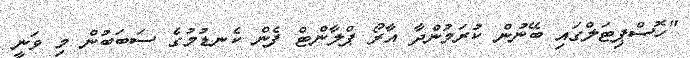
"ހޮސްޕިޓަލްގައި ބޭނުން ކުރަމުންދާ އާރޯ ޕްލާންޓް ފެން ކެނޑުމުގެ ސަބަބުން މި ވަނީ